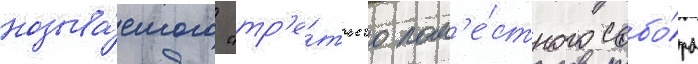
называ́емого "тр'е́тьего пом'е́стного собо́ра